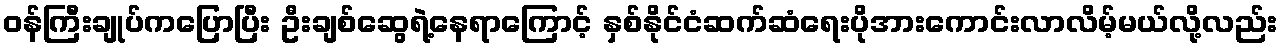
ဝန်ကြီးချုပ်ကပြောပြီး ဦးချစ်ဆွေရဲ့နေရာကြောင့် နှစ်နိုင်ငံဆက်ဆံရေးပိုအားကောင်းလာလိမ့်မယ်လို့လည်း